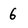
Character: 6